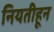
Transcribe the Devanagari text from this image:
नियतीहून